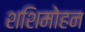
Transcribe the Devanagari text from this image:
शशिमोहन